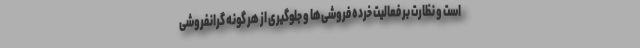
است و نظارت بر فعالیت خرده فروشی‌ها و جلوگیری از هر گونه گرانفروشی